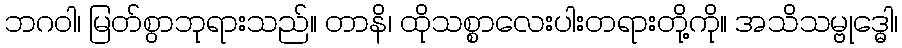
ဘဂဝါ၊ မြတ်စွာဘုရားသည်။ တာနိ၊ ထိုသစ္စာလေးပါးတရားတို့ကို။ အသိသမ္ဗုဒ္ဓေါ၊